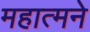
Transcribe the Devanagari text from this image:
महात्मने